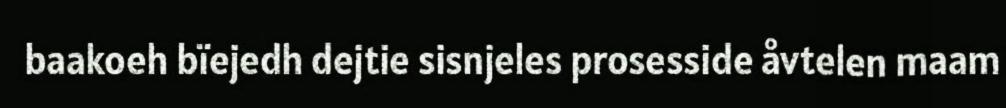
baakoeh bïejedh dejtie sisnjeles prosesside åvtelen maam